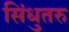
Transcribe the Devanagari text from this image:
सिंधुतरु